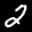
Label: 2